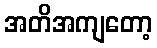
အတိအကျတော့